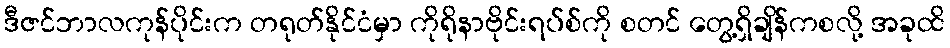
ဒီဇင်ဘာလကုန်ပိုင်းက တရုတ်နိုင်ငံမှာ ကိုရိုနာဗိုင်းရပ်စ်ကို စတင် တွေ့ရှိချိန်ကစလို့ အခုထိ